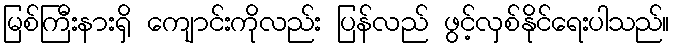
မြစ်ကြီးနားရှိ ကျောင်းကိုလည်း ပြန်လည် ဖွင့်လှစ်နိုင်ရေးပါသည်။